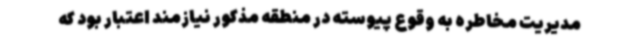
مدیریت مخاطره به وقوع پیوسته در منطقه مذکور نیازمند اعتبار بود که